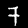
Digit: 7